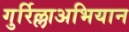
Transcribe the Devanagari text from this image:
गुर्रिल्लाअभियान